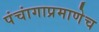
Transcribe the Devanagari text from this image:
पंचांगाप्रमाणेच